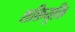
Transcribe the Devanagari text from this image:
शक्तियुक्ति